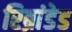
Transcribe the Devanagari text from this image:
रिब्रांडेड